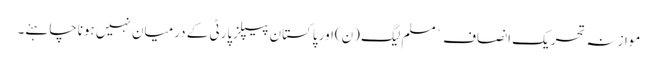
موازنہ تحریک انصاف ` مسلم لیگ (ن)اور پاکستان پیپلزپارٹی کے درمیان نہیں ہوناچاہئے۔